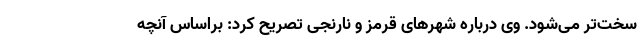
سخت‌تر می‌شود. وی درباره شهرهای قرمز و نارنجی تصریح کرد: براساس آنچه